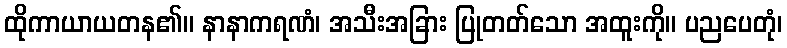
ထိုကာယာယတန၏။ နာနာကရဏံ၊ အသီးအခြား ပြုတတ်သော အထူးကို။ ပညပေတုံ၊